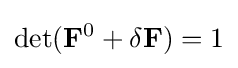
\det({\bf {F}}^{0}+\delta {\bf {F}})=1